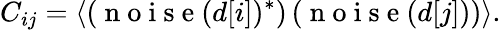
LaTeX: C_{ij}=\langle\left(\mathrm{~n~o~i~s~e~}(d[i])^{*}\right)\left(\mathrm{~n~o~i~s~e~}(d[j])\right)\rangle.